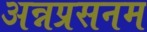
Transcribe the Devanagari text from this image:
अन्नप्रसनम